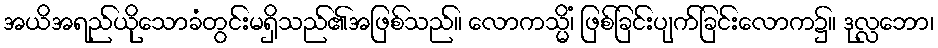
အယိအရည်ယိုသောခံတွင်းမရှိသည်၏အဖြစ်သည်။ လောကသ္မိံ၊ ဖြစ်ခြင်းပျက်ခြင်းလောက၌။ ဒုလ္လဘော၊